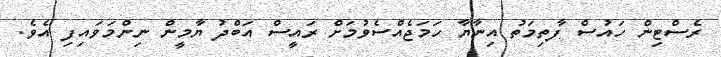
ރެސްޓިން ހައުސް ފާތިމަތު އިނާޔާ ހަމަޖެއްސެވުމަށް ރައީސް އަބްދު ޔާމީން ނިންމަވައިފި އެވެ.